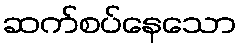
ဆက်စပ်နေသော